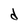
Character: d